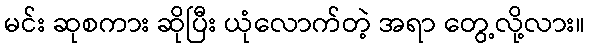
မင်း ဆုစကား ဆိုပြီး ယုံလောက်တဲ့ အရာ တွေ့လို့လား။